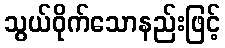
သွယ်ဝိုက်သောနည်းဖြင့်